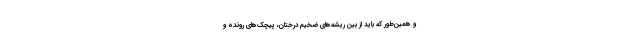
و همین‌طور که باید از بین ریشه‌های ضخیم درختان، پیچک‌های رونده و